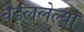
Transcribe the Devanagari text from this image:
वेढललेल्या